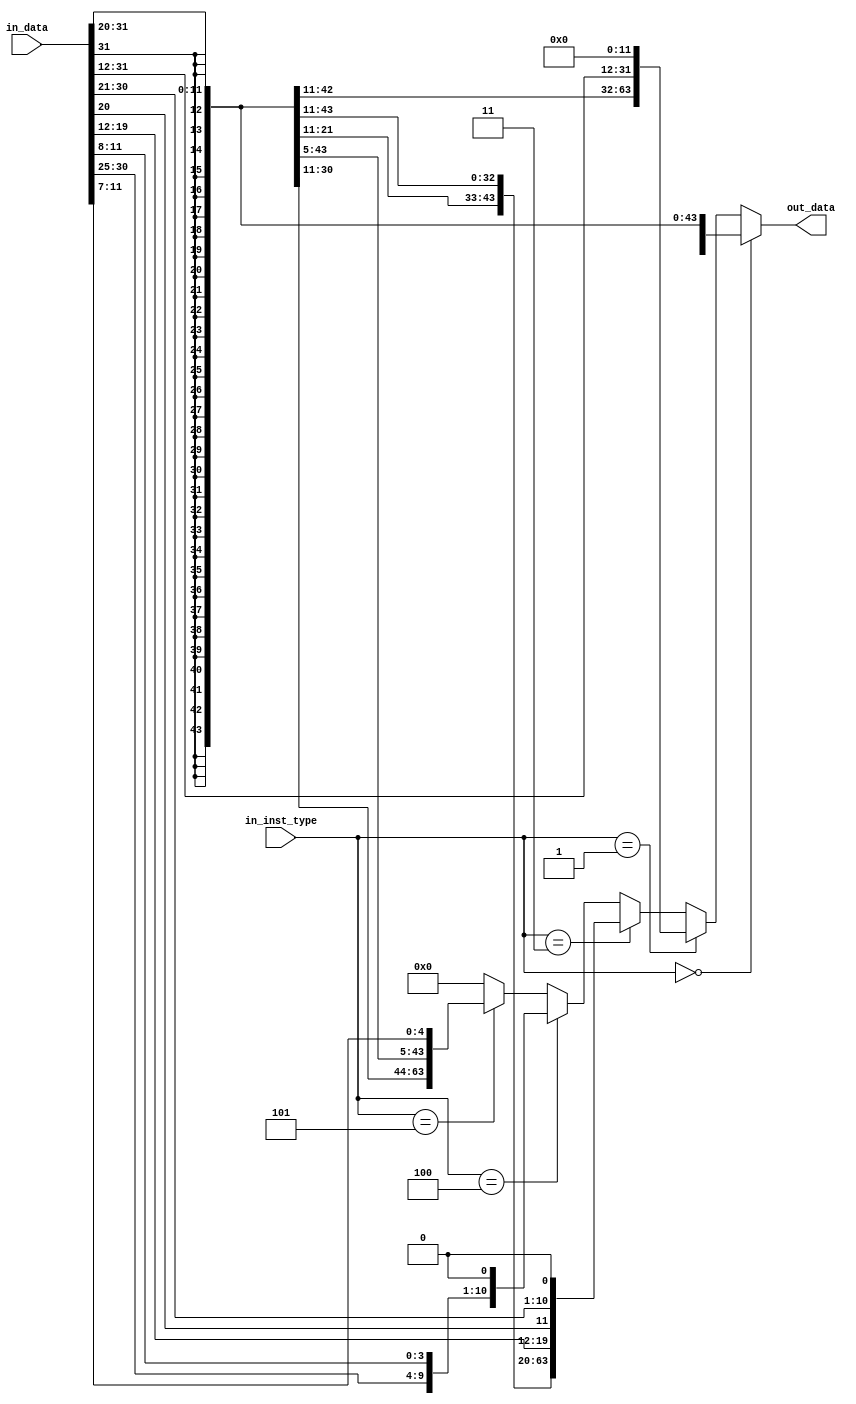
// Immediate Generator
module ImmGen(in_data, in_inst_type, out_data);
    input   [31:0] in_data;
    input   [2:0] in_inst_type;

    output  [63:0] out_data;

    wire [63:0] I_Imm, S_Imm, B_Imm, U_Imm, J_Imm, wire_1, wire_2, wire_3, wire_4;

    assign I_Imm = {{53{in_data[31]}}, in_data[30:20]};
    assign S_Imm = {{53{in_data[31]}}, in_data[30:25], in_data[11:7]};
    assign B_Imm = {{52{in_data[31]}}, in_data[7], in_data[30:25], in_data[11:8], 1'b0};
    assign U_Imm = {{32{in_data[31]}}, in_data[31:12], 12'd0};
    assign J_Imm = {{44{in_data[31]}}, in_data[19:12], in_data[20], in_data[30:21], 1'b0};

    assign out_data = (in_inst_type == 3'b000) ? I_Imm : wire_1;
    assign wire_1   = (in_inst_type == 3'b001) ? U_Imm : wire_2;
    assign wire_2   = (in_inst_type == 3'b011) ? J_Imm : wire_3;
    assign wire_3   = (in_inst_type == 3'b100) ? B_Imm : wire_4;
    assign wire_4   = (in_inst_type == 3'b101) ? S_Imm : 64'd0;
endmodule